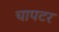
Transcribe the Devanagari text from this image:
चापटर